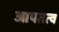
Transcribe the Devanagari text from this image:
आपतत्व